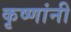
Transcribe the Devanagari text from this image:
कृष्णांनी